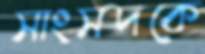
সাংসদকে